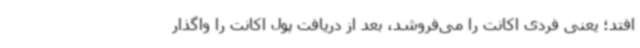
‌افتد؛ یعنی فردی اکانت را می‌فروشد، بعد از دریافت پول اکانت را واگذار